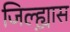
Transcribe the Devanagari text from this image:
जिल्ह्य़ास